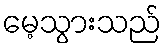
မေ့သွားသည်